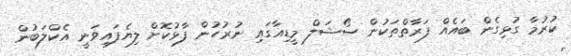
ކުރުމާ ގުޅިގެން ބައެއް ފަރާތްތަކުން ސޯޝަލް މީޑިއާގައި ނުރުހުން ފާޅުކޮށް ލިޔެފައިވަނީ އެކްލަބުން